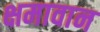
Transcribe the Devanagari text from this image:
क्षमावान